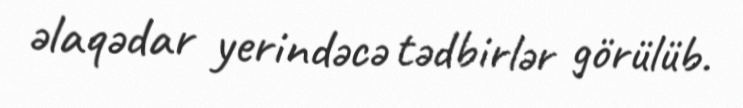
əlaqədar yerindəcə tədbirlər görülüb.